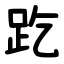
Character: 趷